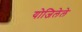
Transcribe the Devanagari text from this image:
योजिलेले